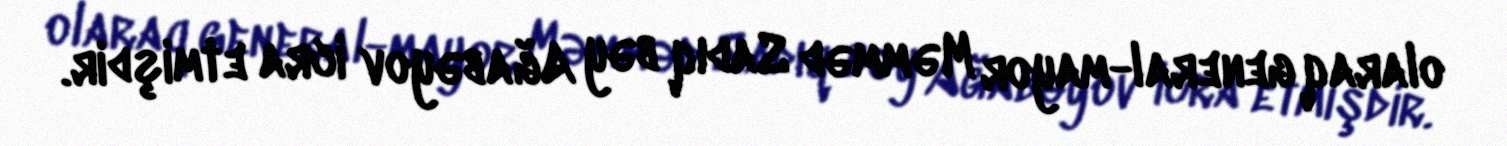
olaraq general-mayor Məmməd Sadıq bəy Ağabəyov icra etmişdir.